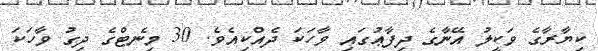
ކިޔާާރާގެ ވަކީލު އޭނާގެ ދިފާޢުގައި ވާހަކަ ދެއްކިއެވެ. 30 މިނެޓްގެ ދިގު ވާހަކަ